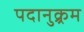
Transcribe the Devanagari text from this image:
पदानुक्र्रम